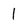
Character: 1